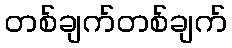
တစ်ချက်တစ်ချက်